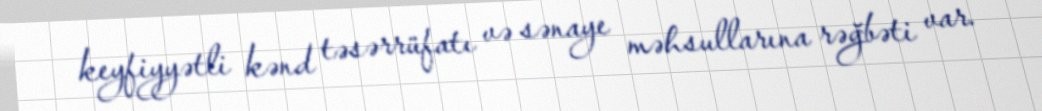
keyfiyyətli kənd təsərrüfatı və sənaye məhsullarına rəğbəti var.